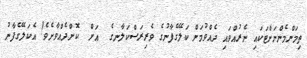
ތިމަންމެންނަށްޓަކައި ނެރުއްވައި ދެއްވުމަށް ކަލޭގެފާނުގެ ވެރިރަސްކަލާނގެ  އަށް  ކޮށްދެއްވާށެވެ! އެކަލޭގެފާނު